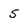
Character: 5